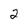
Character: 2